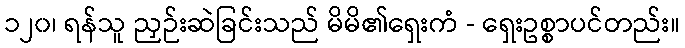
၁၂၀၊ ရန်သူ ညှဉ်းဆဲခြင်းသည် မိမိ၏ရှေးကံ - ရှေးဥစ္စာပင်တည်း။